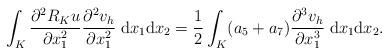
LaTeX: \begin{align*}\int_K\frac{\partial^2 R_Ku}{\partial x_1^2}\frac{\partial^2 v_h}{\partial x_1^2}\;\mathrm{d}x_1\mathrm{d}x_2=\frac{1}{2}\int_K(a_5+a_7)\frac{\partial^3v_h}{\partial x_1^3}\;\mathrm{d}x_1\mathrm{d}x_2. \end{align*}